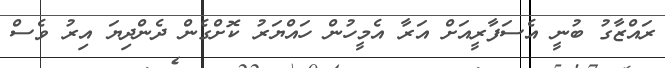
ރައްޒާގު ބުނީ އެސަފާރީއަށް އަރާ އެމީހުން ހައްޔަރު ކޮށްގެން ދެންދިޔަ އިރު ވެސް